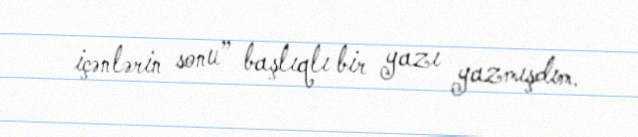
içənlərin sonu” başlıqlı bir yazı yazmışdım.